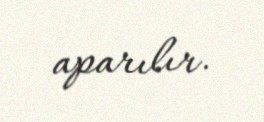
aparılır.